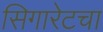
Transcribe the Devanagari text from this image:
सिगारेटचा